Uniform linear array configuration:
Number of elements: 32
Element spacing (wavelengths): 0.5
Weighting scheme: kaiser
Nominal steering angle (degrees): -30
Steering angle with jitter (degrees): -30.884
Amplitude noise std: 0.05
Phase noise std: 0.05

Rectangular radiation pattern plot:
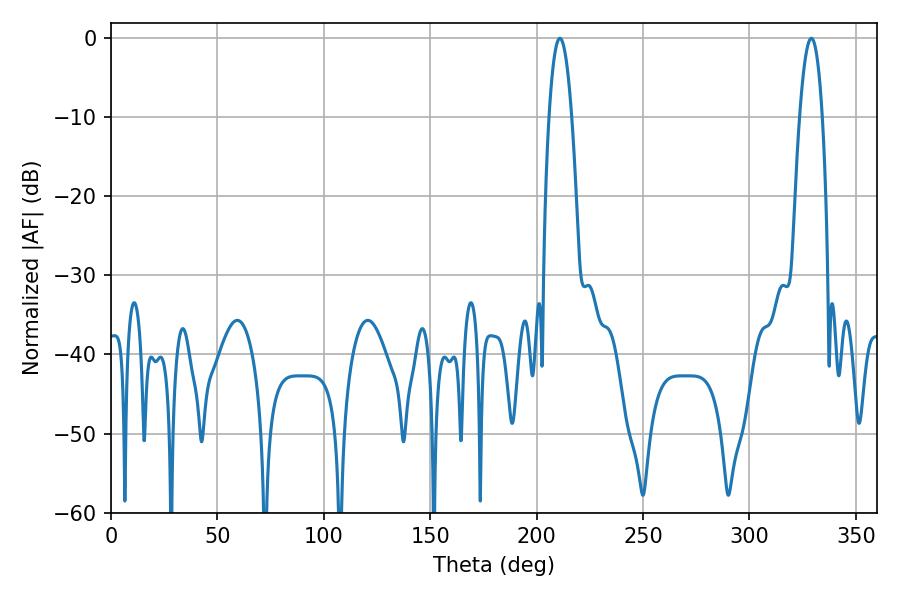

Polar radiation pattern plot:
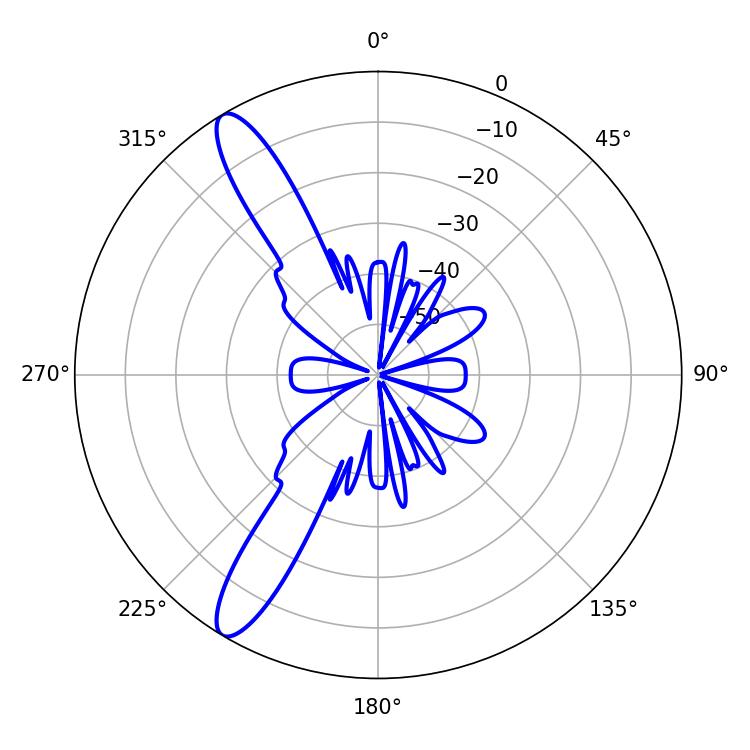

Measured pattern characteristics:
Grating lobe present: FALSE
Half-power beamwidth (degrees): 5.76
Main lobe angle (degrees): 210.96